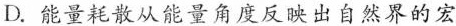
D. 能量耗散从能量角度反映出自然界的宏